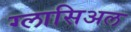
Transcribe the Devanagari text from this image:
ग्लासिअल